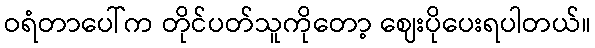
ဝရံတာပေါ်က တိုင်ပတ်သူကိုတော့ ဈေးပိုပေးရပါတယ်။